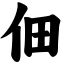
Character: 佃